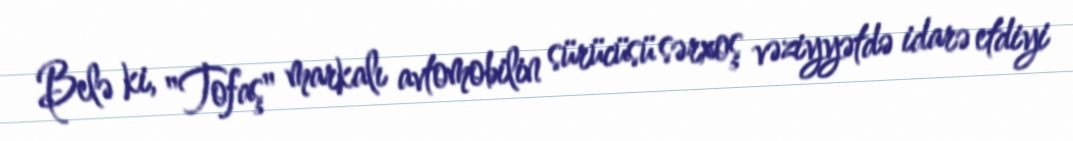
Belə ki, "Tofaş" markalı avtomobilin sürücüsü sərxoş vəziyyətdə idarə etdiyi